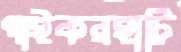
পাইকরহাটি